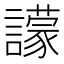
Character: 𧭊